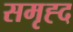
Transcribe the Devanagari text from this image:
समृह्द